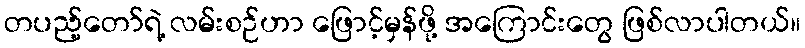
တပည့်တော်ရဲ့ လမ်းစဉ်ဟာ ဖြောင့်မှန်ဖို့ အကြောင်းတွေ ဖြစ်လာပါတယ်။